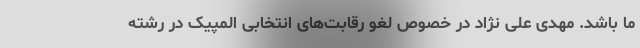
ما باشد. مهدی علی نژاد در خصوص لغو رقابت‌های انتخابی المپیک در رشته